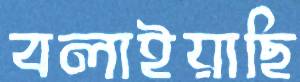
বলাইয়াছি